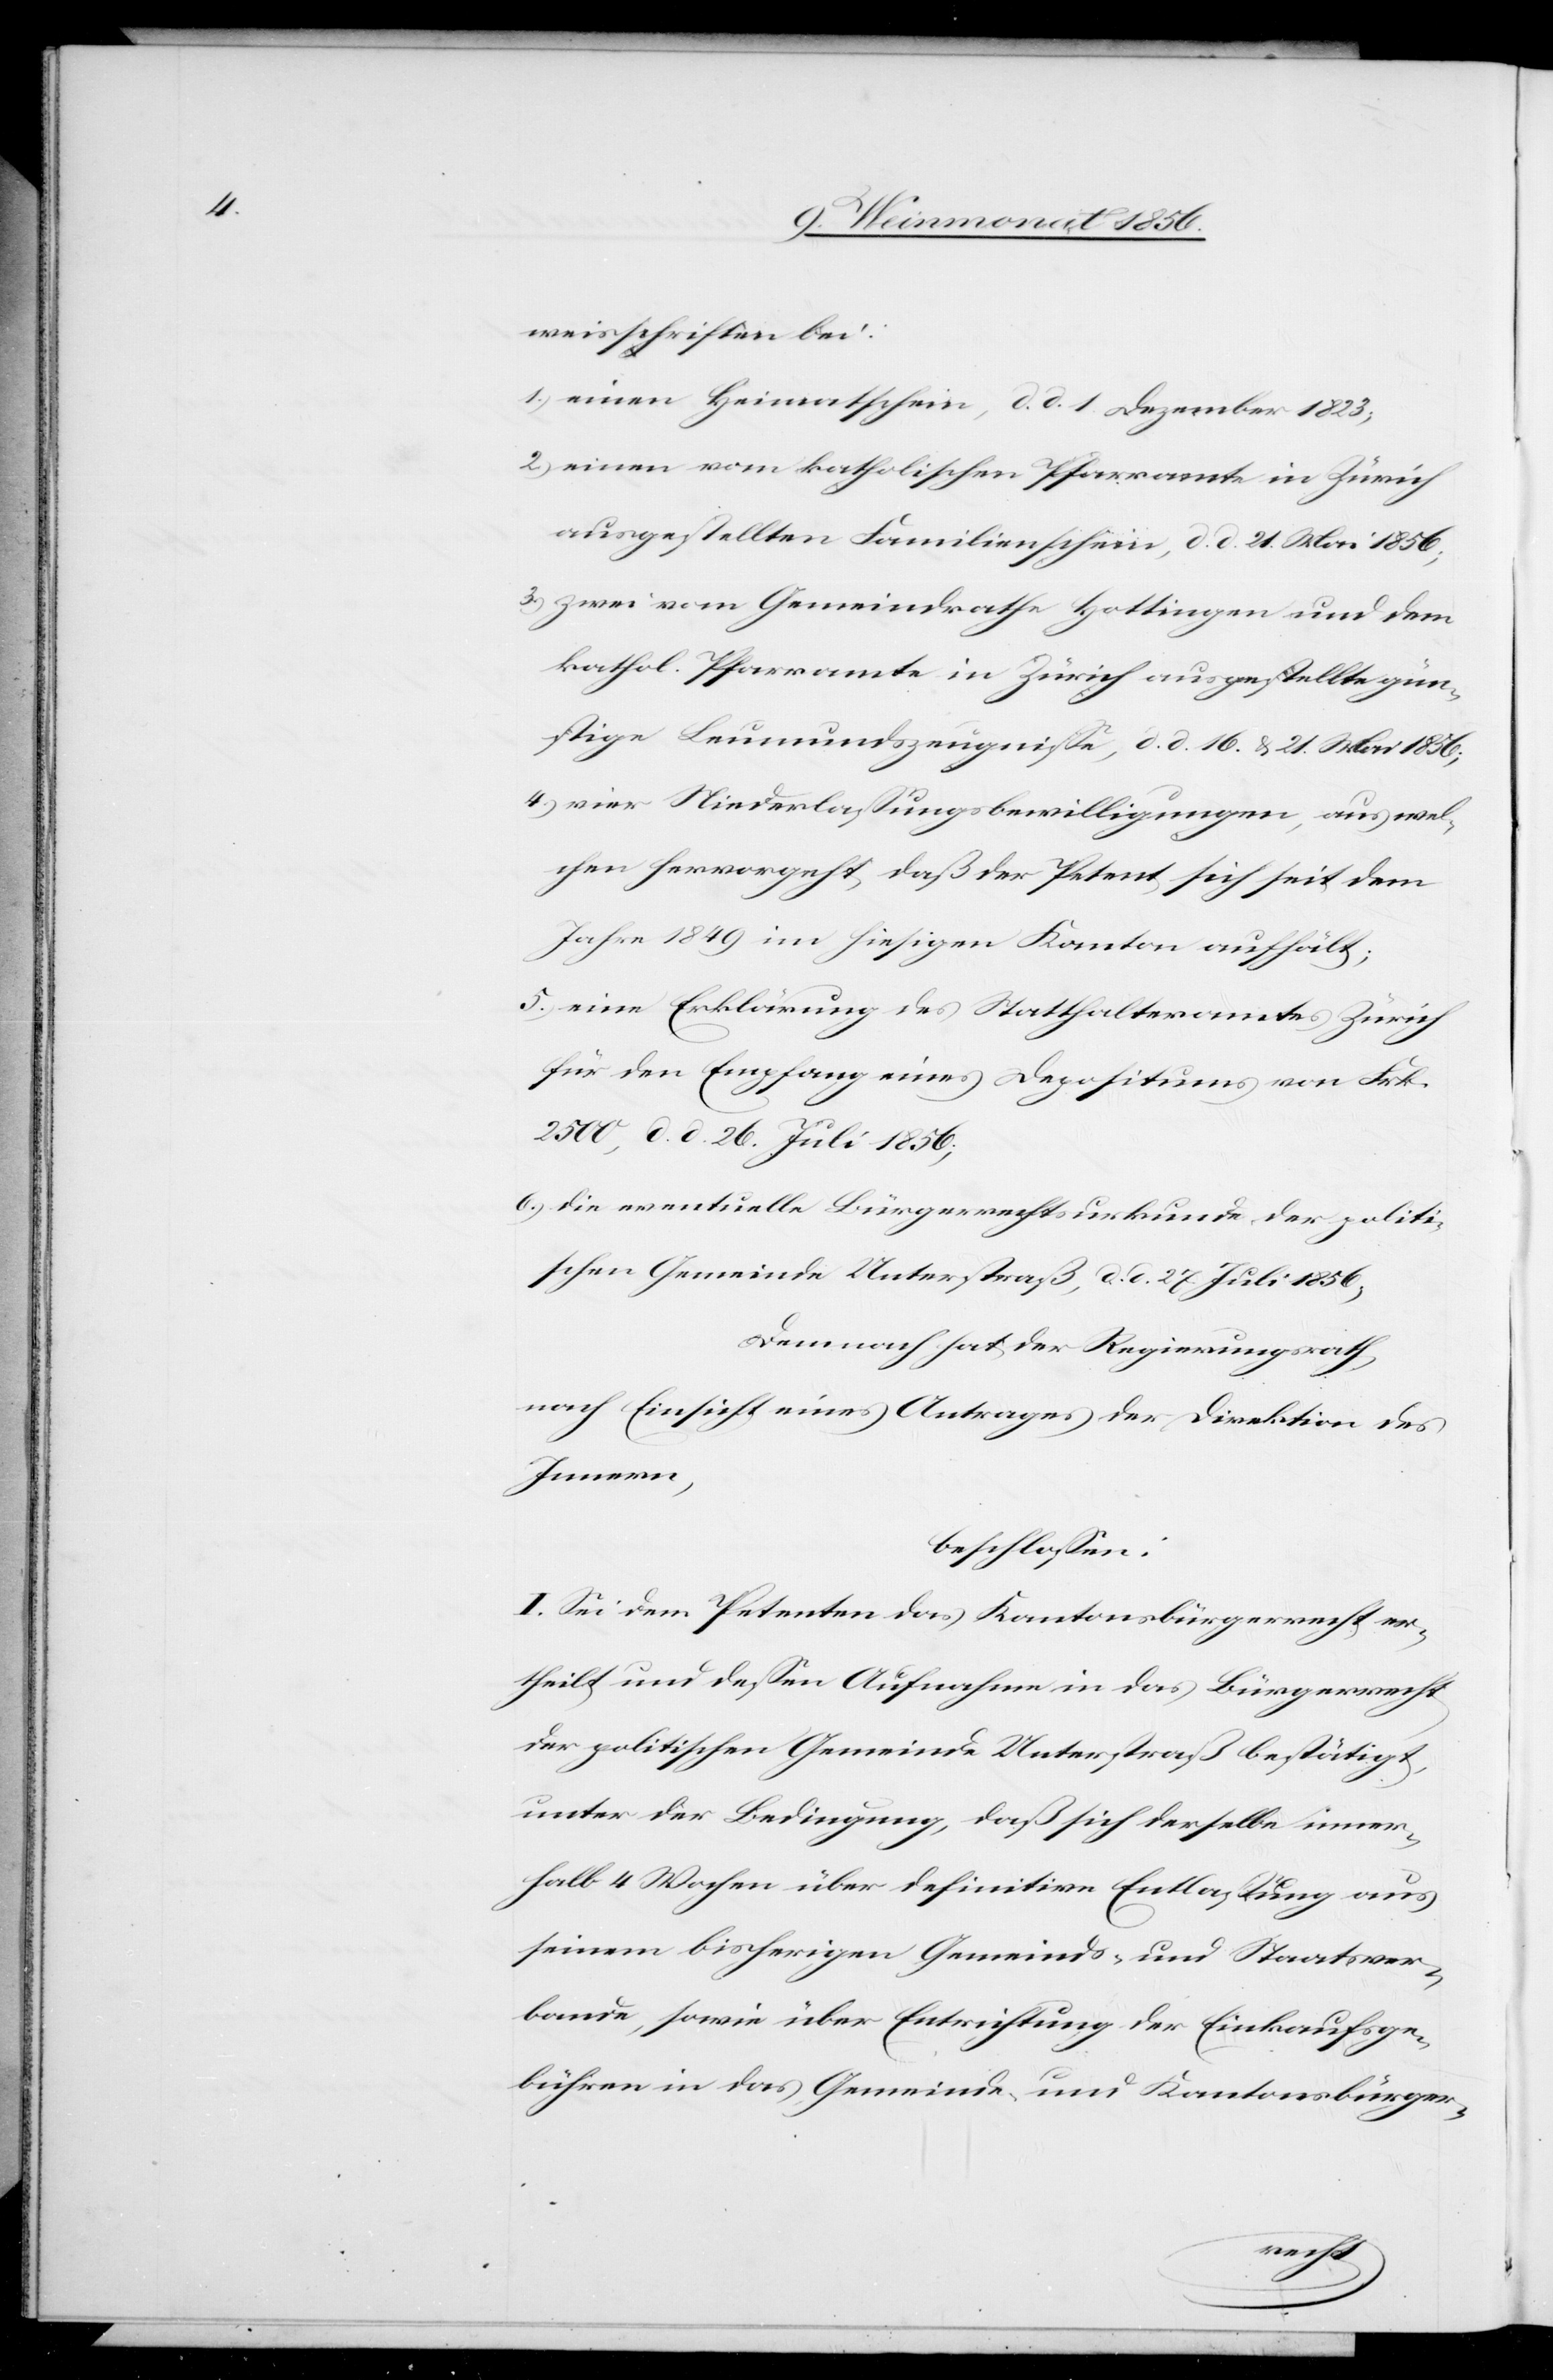
weisschriften bei:
1.) einen Heimatschein, d. d. 1. Dezember 1823;
2.) einen vom katholischen Pfarramte in Zürich
ausgestellten Familienschein, d. d. 21. Mai 1856;
3.) zwei vom Gemeindrathe Hottingen und dem
kathol. Pfarramte in Zürich ausgestellte gün¬
stige Leumundszeugnisse, d. d. 16. & 21. Mai 1856;
4.) vier Niederlassungsbewilligungen, aus wel¬
chen hervorgeht, daß der Petent sich seit dem
Jahre 1849 im hiesigen Kanton aufhält;
5.) eine Erklärung des Statthalteramtes Zürich
für den Empfang eines Depositums von Frk.
2500, d. d. 26. Juli 1856;
6.) die eventuelle Bürgerrechtsurkunde der politi¬
schen Gemeinde Unterstraß, d. d. 27. Juli 1856;
Demnach hat der Regierungsrath,
nach Einsicht eines Antrages der Direktion des
Innern,
beschlossen:
I. Sei dem Petenten das Kantonsbürgerrecht er¬
theilt und dessen Aufnahme in das Bürgerrecht
der politischen Gemeinde Unterstraß bestätigt,
unter der Bedingung, daß sich derselbe inner¬
halb 4 Wochen über definitive Entlassung aus
seinem bisherigen Gemeinds- und Staatsver¬
bande, sowie über Entrichtung der Einkaufsge¬
bühren in das Gemeinde und Kantonsbürger-